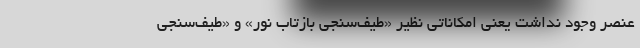
عنصر وجود نداشت یعنی امکاناتی نظیر «طیف‌سنجی بازتاب نور» و «طیف‌سنجی